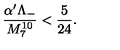
\frac { \alpha ^ { \prime } \Lambda _ { - } } { M _ { 7 } ^ { 1 0 } } < \frac { 5 } { 2 4 } .